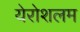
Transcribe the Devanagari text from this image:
येरोशलम